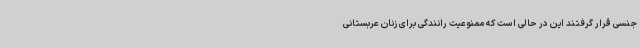
جنسی قرار گرفتند این در حالی است که ممنوعیت رانندگی برای زنان عربستانی